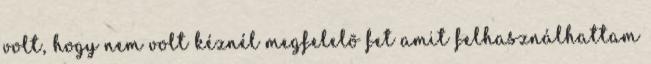
volt, hogy nem volt kéznél megfelelõ fet amit felhasználhattam